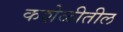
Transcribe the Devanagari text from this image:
कशेळीतील